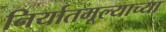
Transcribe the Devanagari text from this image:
निर्यातमूल्याच्या